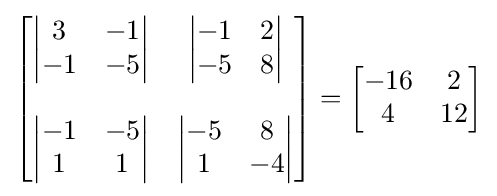
{\begin{bmatrix}{\begin{vmatrix}3&-1\\-1&-5\end{vmatrix}}&{\begin{vmatrix}-1&2\\-5&8\end{vmatrix}}\\\\{\begin{vmatrix}-1&-5\\1&1\end{vmatrix}}&{\begin{vmatrix}-5&8\\1&-4\end{vmatrix}}\end{bmatrix}}={\begin{bmatrix}-16&2\\4&12\end{bmatrix}}